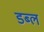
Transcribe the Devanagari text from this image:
डब्ल